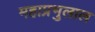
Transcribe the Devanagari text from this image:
महाप्रभुलाल